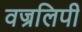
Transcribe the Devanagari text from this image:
वज्रलिपी